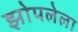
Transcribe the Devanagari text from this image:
झोपलेला